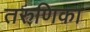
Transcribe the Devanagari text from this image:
तरुणिका